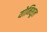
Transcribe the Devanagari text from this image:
योनिशूल